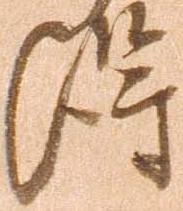
得